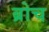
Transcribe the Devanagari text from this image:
ब्रोच